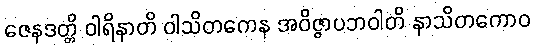
ဇေနဒတ္တိ ဝါရိနာတိ ဝါသိတကေန အဝိဇ္ဇာပဘဝါတိ နာသိတကောဝ